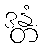
ဒန္တံ